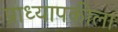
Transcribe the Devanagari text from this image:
प्राध्यापकीला